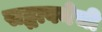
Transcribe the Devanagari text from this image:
सद्भावनेची